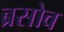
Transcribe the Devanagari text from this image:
ब्रसोव